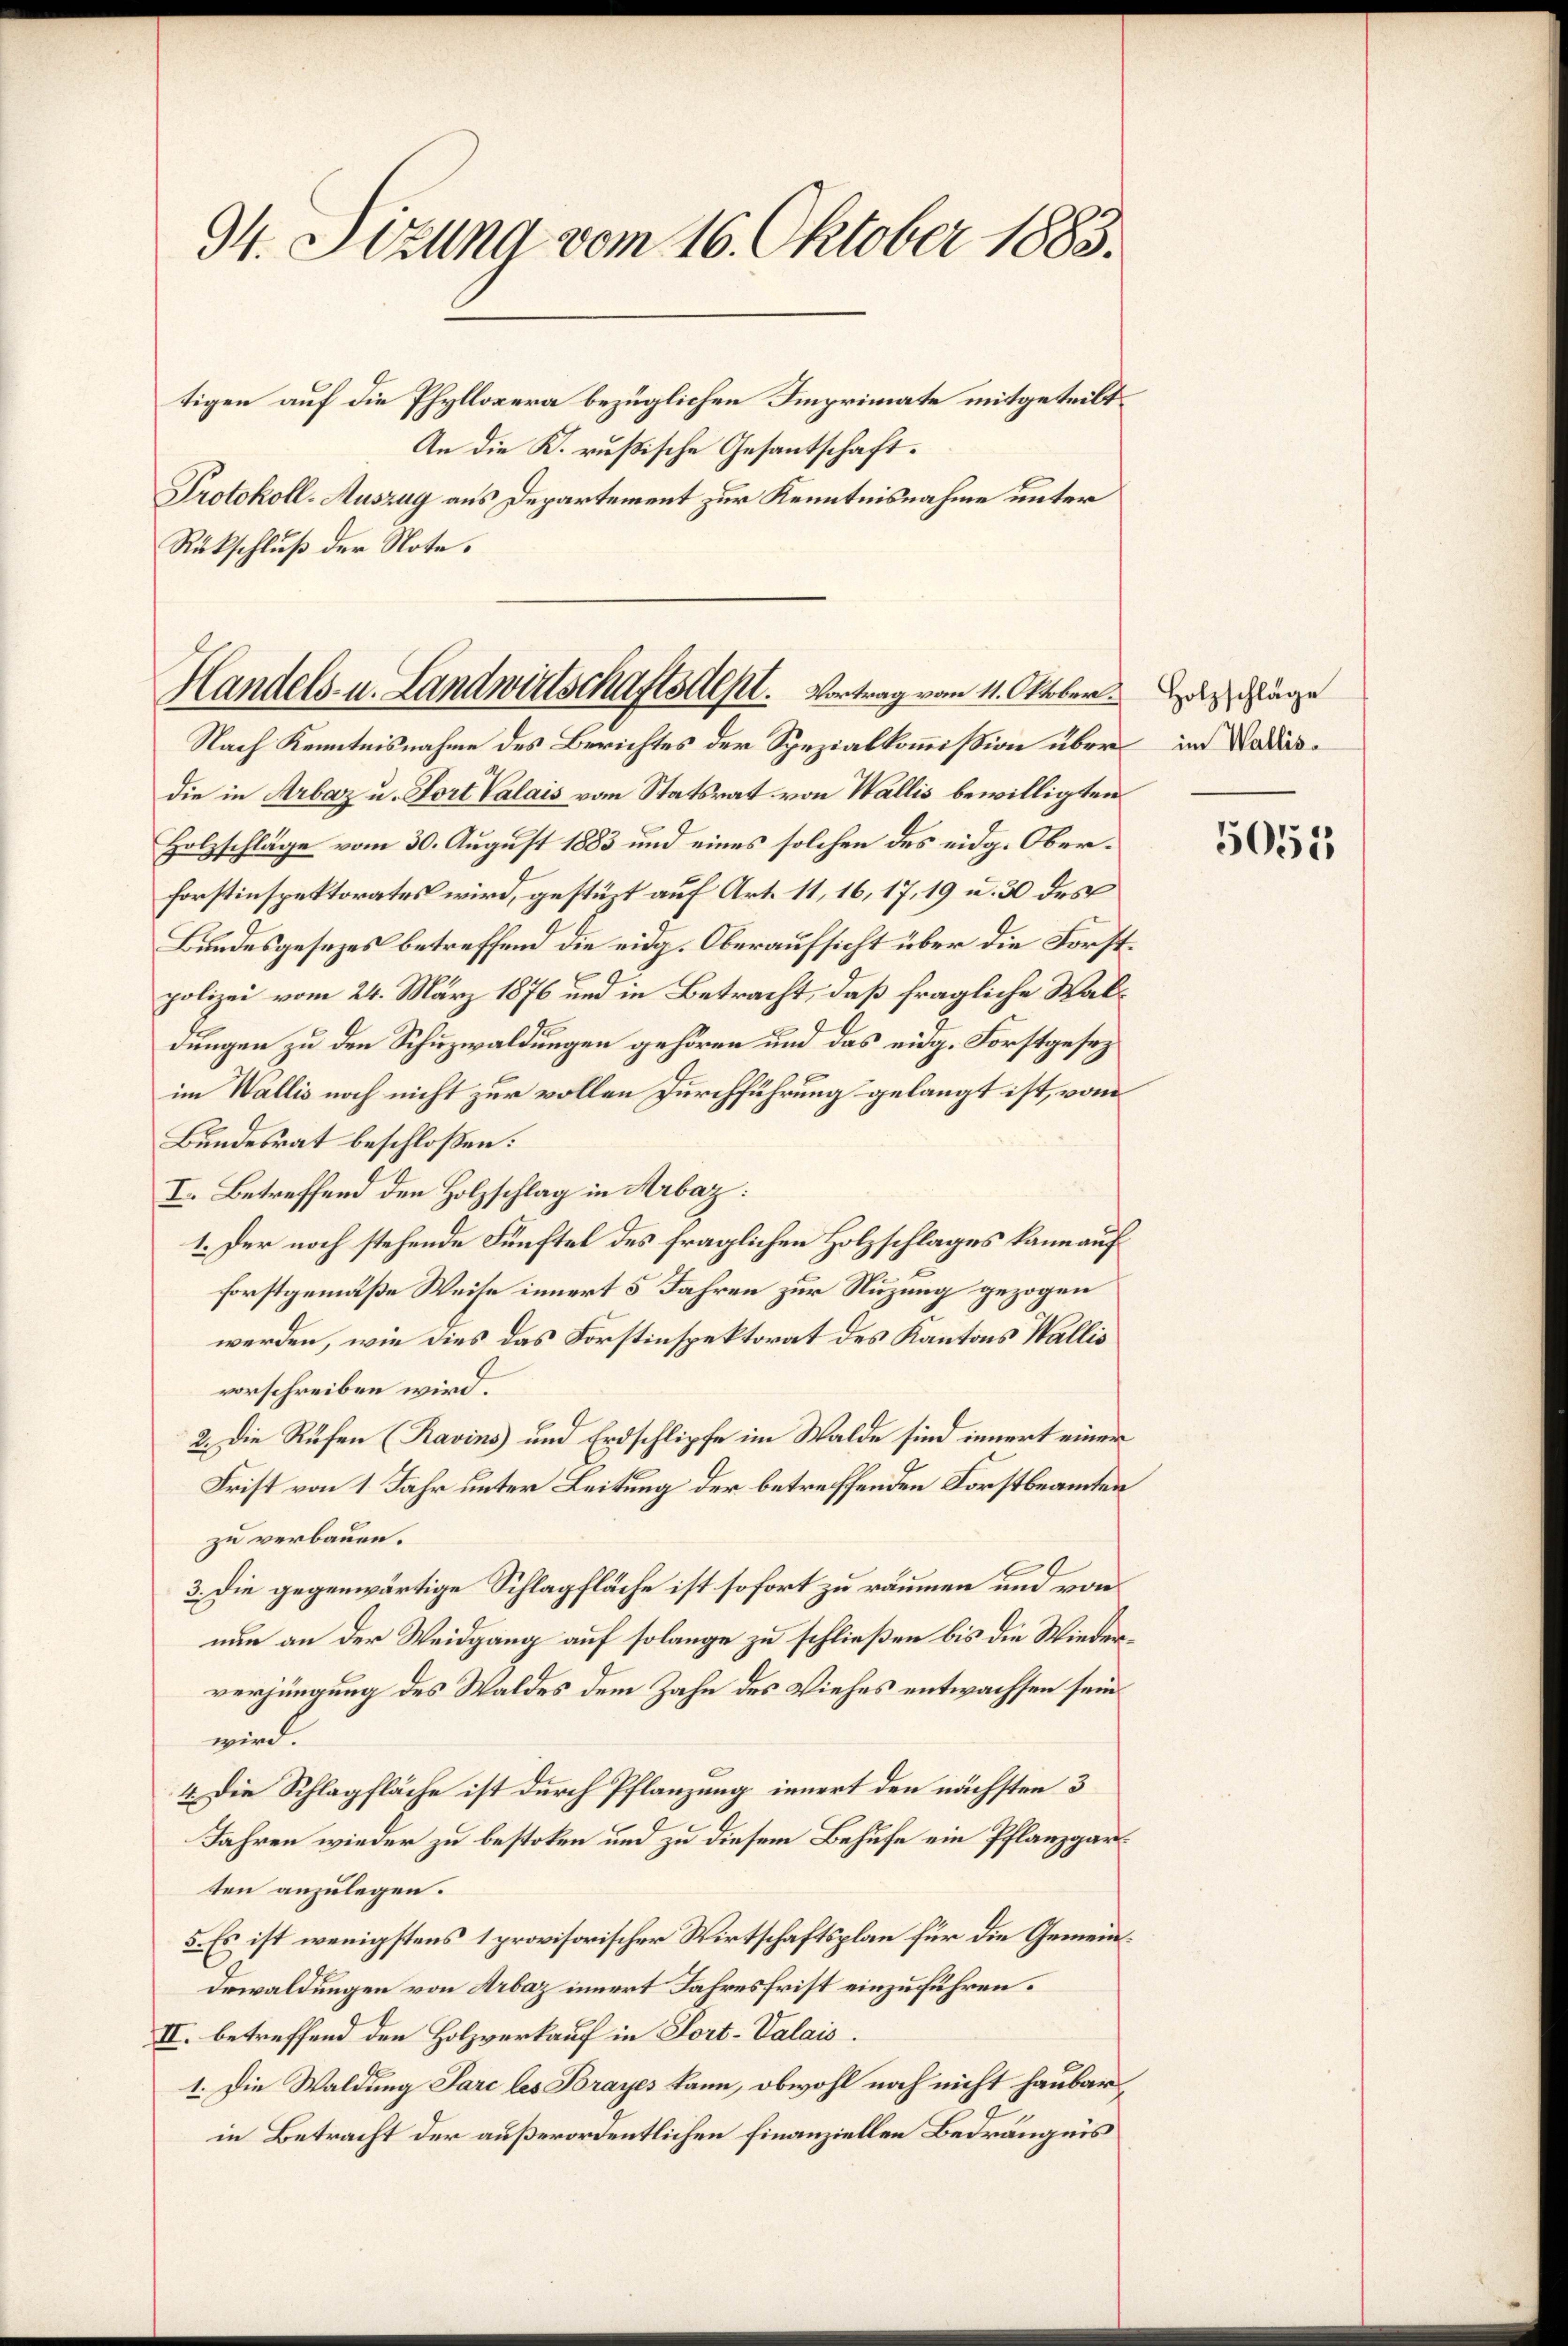
34. Sizung vom 16. Oktober 1883.

tigen auf die Phyllopera bezüglichen Imprimate mitgeteilt.
An die K. rußische Gesantschaft.
Protokoll-Auszug aus Departement zur Kenntnisnahme unter
Rükschluß der Note.

Handels- u. Landwirtschaftsdept. Vortrag vom 11. Oktober.

Nach Kenntnisnahme des Berichtes der Spezialkommission über in Nadisdie in Arbaz u. Fort Valais vom Statsrat von Wallis bewilligten
Holzschlage vom 30. August 1883 und eines solchen des eidg. Oberforstinspektorates wird, gestüzt auf Art. 11, 16, 17, 19 u. 30 des
Bundesgesezes betreffend die eidg. Oberaufsicht über die Forstpolizei vom 24. März 1876 und in Betracht, daß fragliche Waldungen zu den Schuzwaldungen gehören und das eidg. Forstgesez
im Wallis noch nicht zur vollen Durchführung gelangt ist, vom
Bundesrat beschloßen:
I. Betreffend den Holzschlag in Arbaz:
1. Der noch stehende Fünftel des fraglichen Holzschlages kann auf
forstgemäße Weise innert 5 Jahren zur Nuzung gezogen
werden, wie dies das Forstinspektorat des Kantons Wallis
vorschreiben wird.
2. Die Rufen (Ravins und Erdschlipfe im Walde sind innert einer
Frist von 1 Jahr unter Leitung der betreffenden Forstbeamten
zu verbauen.
3. Die gegenwärtige Schlagfläche ist sofort zu räumen und von
nun an der Weidgang auf solange zu schließen bis die Wiederverjüngung des Waldes dem Zahn des Viehes entwachsen sein
wird.
4. Die Schlagfläche ist durch Pflanzung innert den nächsten 3
Jahren wieder zu bestolen und zu diesem Behufe ein Pflanzgarten anzulegen.
5. Es ist wenigstens 1 provisorischer Wirtschaftsplan für die Gemeind¬
Dewaldungen von Arbaz innert Jahresfrist einzuführen.
II. betreffend den Holzverkauf in Fort-Valais.
1. Die Waldung Parc les Brayes kann, obwohl noch nicht haubar
in Betracht der außerordentlichen finanziellen Bedrängnis

Holzschläge

5055